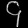
Digit: ၄